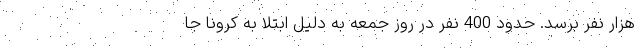
هزار نفر برسد. حدود 400 نفر در روز جمعه به دلیل ابتلا به کرونا جا